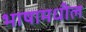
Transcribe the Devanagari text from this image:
भाषामधील